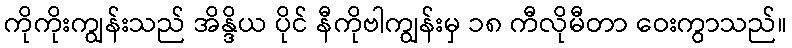
ကိုကိုးကျွန်းသည် အိန္ဒိယ ပိုင် နီကိုဗါကျွန်းမှ ၁၈ ကီလိုမီတာ ဝေးကွာသည်။